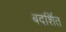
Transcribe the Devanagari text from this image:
बदर्शित